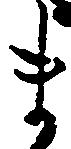
ま